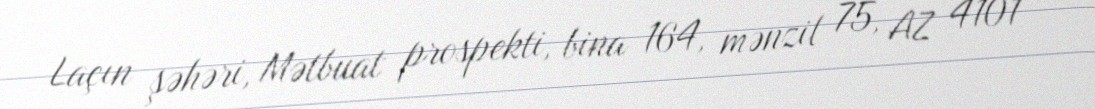
Laçın şəhəri, Mətbuat prospekti, bina 164, mənzil 75, AZ 4101